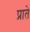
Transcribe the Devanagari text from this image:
प्राते